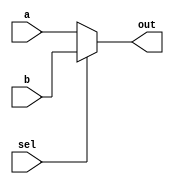
module mux_2x1 (
    input wire         sel,
    input wire  [31:0] a,
    input wire  [31:0] b,

    output wire [31:0] out
);

    assign out = (sel)? b : a;
endmodule